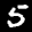
Label: 5